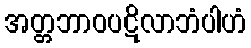
အတ္တဘာဝပဋိလာဘံပါဟံ